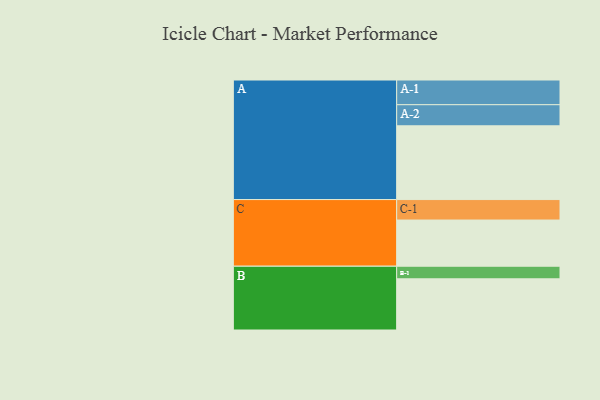
{"axis": {"x": "Segment", "y": "Value"}, "legend": ["", "A", "B", "C"], "data": [{"x": "A", "y": 591, "type": ""}, {"x": "B", "y": 410, "type": ""}, {"x": "C", "y": 370, "type": ""}, {"x": "A-1", "y": 198, "type": "A"}, {"x": "A-2", "y": 169, "type": "A"}, {"x": "B-1", "y": 101, "type": "B"}, {"x": "C-1", "y": 164, "type": "C"}]}